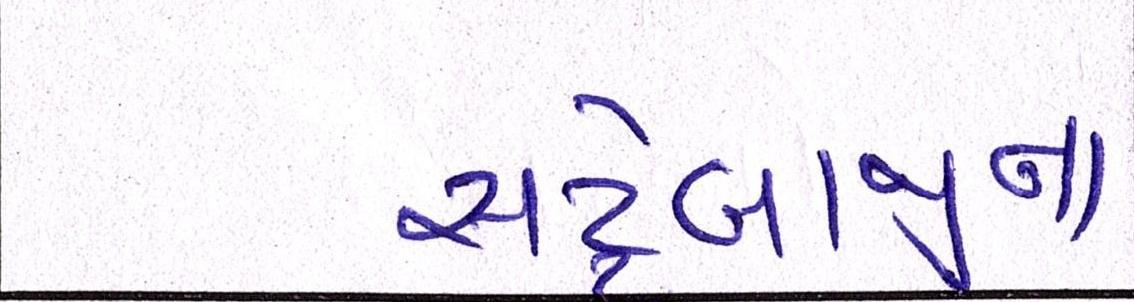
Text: સટ્ટેબાજીના